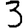
Digit: 3